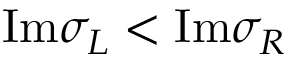
\mathrm { I m } \sigma _ { L } < \mathrm { I m } \sigma _ { R }